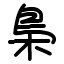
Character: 梟